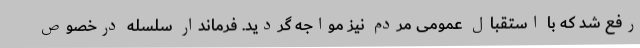
رفع شد که با استقبال عمومی مردم نیز مواجه گردید. فرماندار سلسله درخصوص